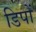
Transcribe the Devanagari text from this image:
डिपों